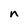
Character: n